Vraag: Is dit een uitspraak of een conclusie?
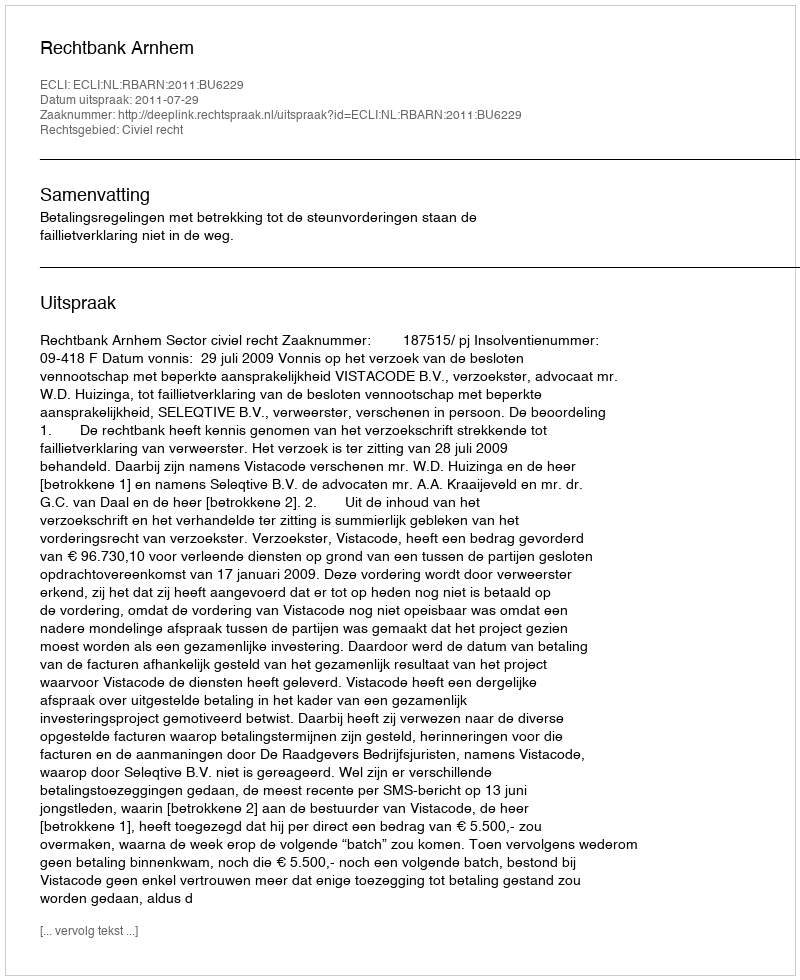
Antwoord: Uitspraak